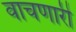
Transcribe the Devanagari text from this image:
वाचणारी